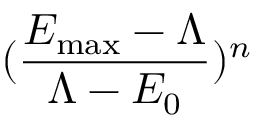
( \frac { E _ { \mathrm { m a x } } - \Lambda } { \Lambda - E _ { 0 } } ) ^ { n }